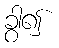
ခွာ၍